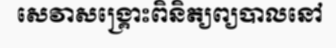
សេវាសង្គ្រោះពិនិត្យព្យបាលនៅ